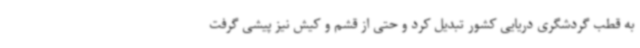
به قطب گردشگری دریایی کشور تبدیل کرد و حتی از قشم و کیش نیز پیشی گرفت